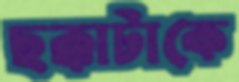
ছক্কাটাকে